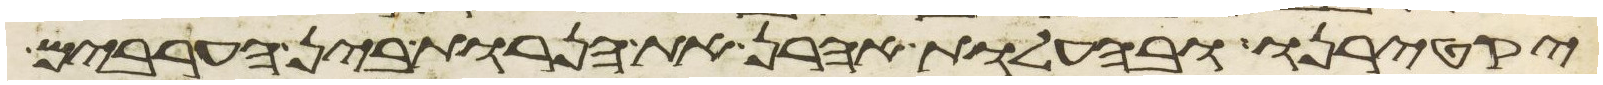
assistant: יקטירנו ובהעלות אהרן את הנרות בין הערבים